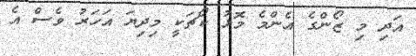
އަދި މި ޒޯންގެ އެންމެ މޮޅު ކޯޗަކީ މިދިޔަ އަހަރު ވެސް އެ